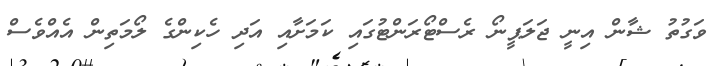
ވަގުތު ޝާން އިނީ ޖަލަޕީނޯ ރެސްޓޯރަންޓުގައި ކަމަށާއި އަދި ހެކިންގެ ލޯމަތިން އެެއްވެސް